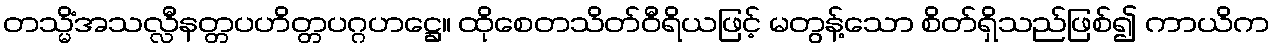
တသ္မိံအသလ္လီနတ္တပဟိတ္တပဂ္ဂဟဋ္ဌေ။ ထိုစေတသိတ်ဝီရိယဖြင့် မတွန့်သော စိတ်ရှိသည်ဖြစ်၍ ကာယိက